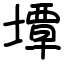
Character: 墰